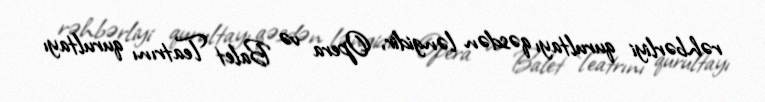
rəhbərliyi qurultayı qəsdən ləngidir, Opera və Balet Teatrını qurultayı